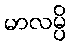
မာလမ္ပိ